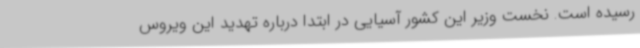
رسیده است. نخست وزیر این کشور آسیایی در ابتدا درباره تهدید این ویروس